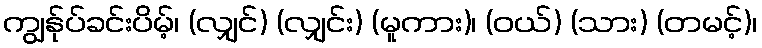
ကျွန်ုပ်ခင်းပိမ့်၊ (လျှင်) (လျှင်း) (မူကား)၊ (ဝယ်) (သား) (တမင့်)၊